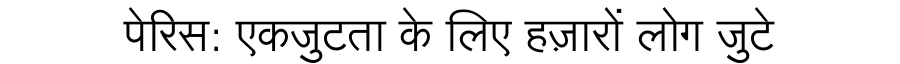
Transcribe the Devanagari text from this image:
पेरिस: एकजुटता के लिए हज़ारों लोग जुटे